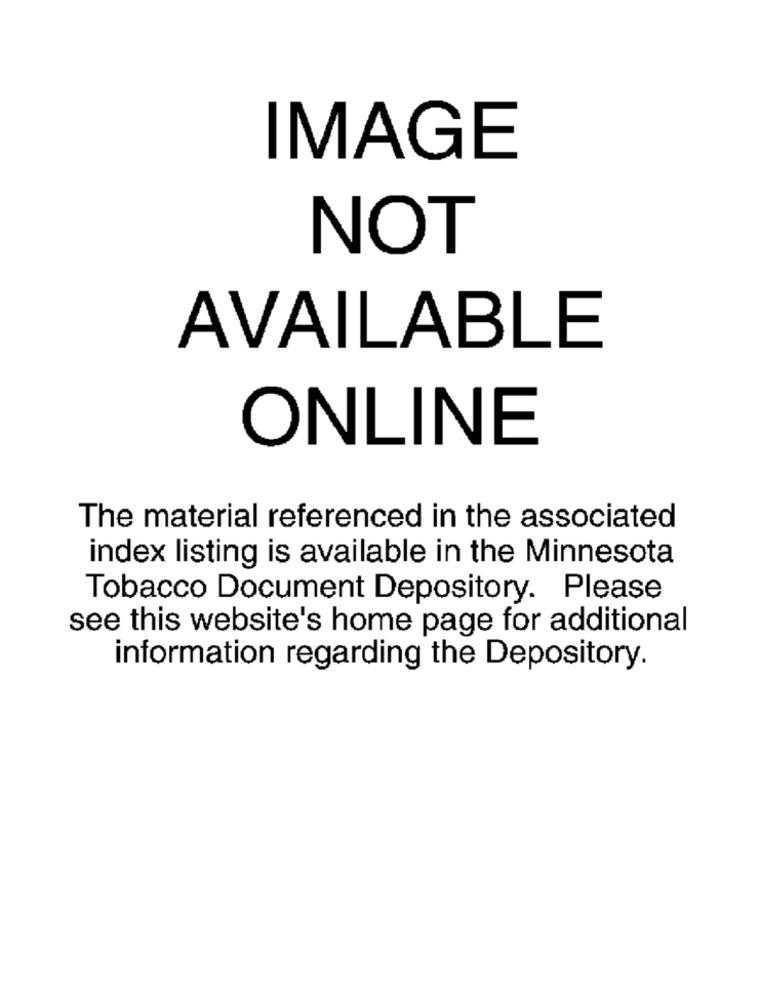
IMAGE
NOT
AVAILABLE
ONLINE
The material referenced in the associated
index listing is available in the Minnesota
Tobacco Document Depository. Please
see this website's home page for additional
information regarding the Depository.